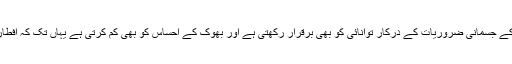
متوازن سحری آپ کے جسمانی ضروریات کے درکار توانائی کو بھی برقرار رکھتی ہے اور بھوک کے احساس کو بھی کم کرتی ہے یہاں تک کہ افطار کے موقع پر بھی۔